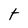
Character: t